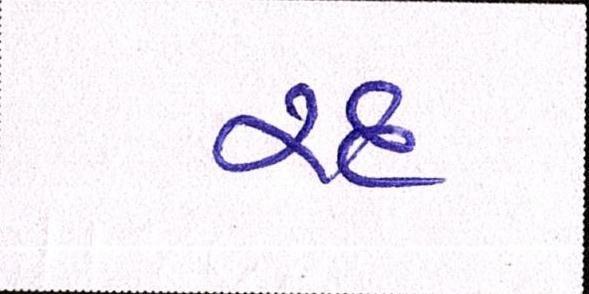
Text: રદ